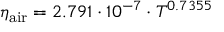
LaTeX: \eta _ { \mathrm { a i r } } = 2 . 7 9 1 \cdot 1 0 ^ { - 7 } \cdot T ^ { 0 . 7 3 5 5 }